Medical and sanitary report of the native army of Bengal for the year
Year: 1874
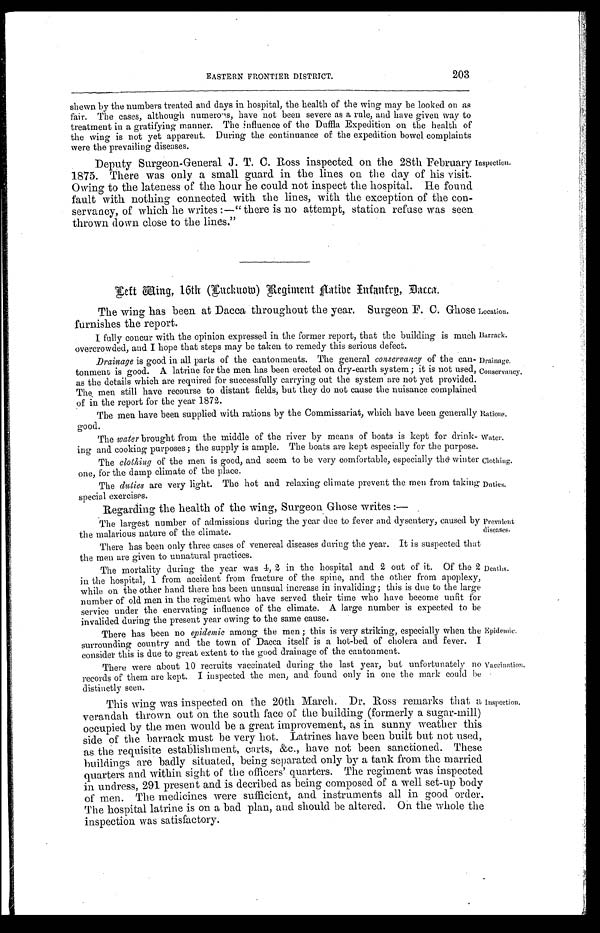
Location.
Barrack.
Clothing.
Duties.
203
EASTERN FRONTIER DISTRICT.
shewn by the numbers treated and days in hospital, the health of the wing may be looked on as
fair. The cases, although numerous, have not been severe as a rule, and have given way to
treatment in a gratifying manner. The influence of the Duffla Expedition on the health of
the wing is not yet apparent. During the continuance of the expedition bowel complaints
were the prevailing diseases.
Deputy Surgeon-General J. T. C. Ross inspected on the 28th February
1875. There was only a small guard in the lines on the day of his visit.
Owing to the lateness of the hour he could not inspect the hospital. He found
fault with nothing connected with the lines, with the exception of the con-
servancy, of which he writes :—" there is no attempt, station refuse was seen
thrown down close to the lines."
Inspection.
Left Wing, 16th (Lucknow) Regiment Native Infantry, Dacca.
The wing has been at Dacca throughout the year. Surgeon F. C. Ghose
furnishes the report.
I fully concur with the opinion expressed in the former report, that the building is much
overcrowded, and I hope that steps may be taken to remedy this serious defect.
Drainage is good in all parts of the cantonments. The general conservancy of the can-
tonment is good. A latrine for the men has been erected on dry-earth system ; it is not used,
as the details which are required for successfully carrying out the system are not yet provided.
The men still have recourse to distant fields, but they do not cause the nuisance complained
of in the report for the year 1872.
The men have been supplied with rations by the Commissariat, which have been generally
good.
Drainage.
Conservancy.
Rations.
The water brought from the middle of the river by means of boats is kept for drink-
ing and cooking purposes ; the supply is ample. The boats are kept especially for the purpose.
The clothing of the men is good, and seem to be very comfortable, especially the winter
one, for the damp climate of the place.
The duties are very light. The hot and relaxing climate prevent the men from taking
special exercises.
Regarding the health of the wing, Surgeon Ghose writes :—
The largest number of admissions during the year due to fever and dysentery, caused by
the malarious nature of the climate.
There has been only three cases of venereal diseases during the year. It is suspected that
the men are given to unnatural practices.
The mortality during the year was 4, 2 in the hospital and 2 out of it. Of the 2
in the hospital, 1 from accident from fracture of the spine, and the other from apoplexy,
while on the other hand there has been unusual increase in invaliding ; this is due to the large
number of old men in the regiment who have served their time who have become unfit for
service under the enervating influence of the climate. A large number is expected to be
invalided during the present year owing to the same cause.
There has been no epidemic among the men ; this is very striking, especially when the
surrounding country and the town of Dacca itself is a hot-bed of cholera and fever. I
consider this is due to great extent to the good drainage of the cantonment.
There were about 10 recruits vaccinated during the last year, but unfortunately no
records of them are kept. I inspected the men, and found only in one the mark could be
distinctly seen.
Water.
Prevalent
diseases.
Deaths.
Epidemic.
Vaccination.
This wing was inspected on the 20th March. Dr. Ross remarks that a
verandah thrown out on the south face of the building (formerly a sugar-mill)
occupied by the men would be a great improvement, as in sunny weather this
side of the barrack must be very hot. Latrines have been built but not used,
as the requisite establishment, carts, &c., have not been sanctioned. These
buildings are badly situated, being separated only by a tank from the married
quarters and within sight of the officers' quarters. The regiment was inspected
in undress, 291 present and is decribed as being composed of a well set-up body
of men. The medicines were sufficient, and instruments all in good order.
The hospital latrine is on a bad plan, and should be altered. On the whole the
inspection was satisfactory.
Inspection.